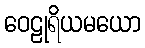
ဝေဠုရိယမယော